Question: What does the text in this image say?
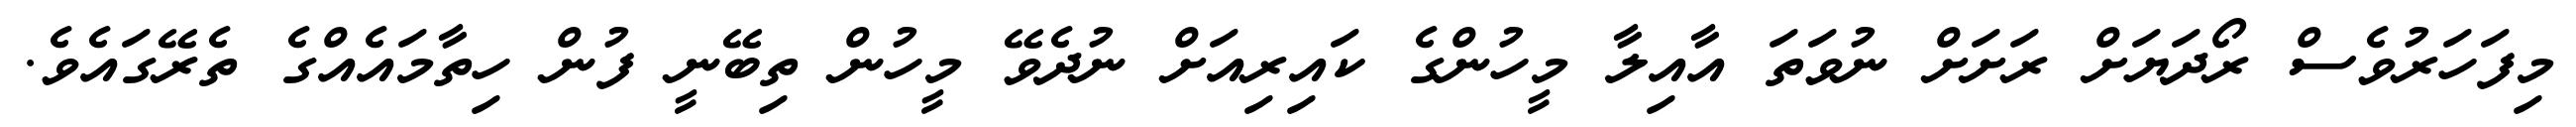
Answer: މިފަހަރުވެސް ރޯދަޔަށް ރަށަށް ނުވަތަ އާއިލާ މީހުންގެ ކައިރިއަށް ނުދެވޭ މީހުން ތިބޭނީ ފުން ހިތާމައެއްގެ ތެރޭގައެވެ.